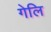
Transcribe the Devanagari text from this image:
गेलि